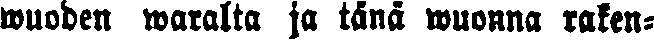
wuoden waralta ja tänä wuonna raken-